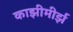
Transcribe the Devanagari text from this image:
काझीमीर्झ